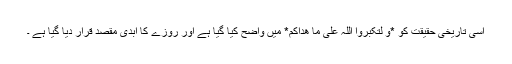
اسی تاریخی حقیقت کو *و لتکبروا اللہ علی ما ھداکم* میں واضح کیا گیا ہے اور روزے کا ابدی مقصد قرار دیا گیا ہے ۔